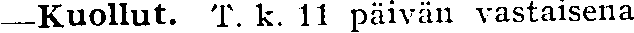
Kuollut. T. k. 11 päivän vastaisena